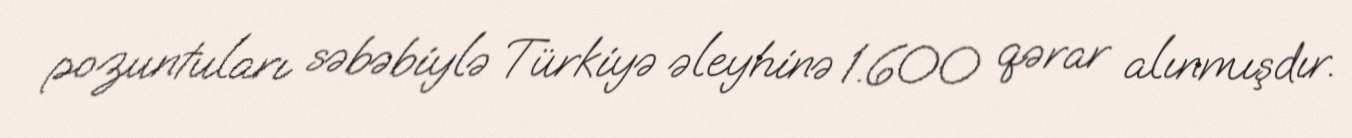
pozuntuları səbəbiylə Türkiyə əleyhinə 1.600 qərar alınmışdır.